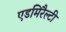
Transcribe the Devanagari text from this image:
एडमिरैल्टी